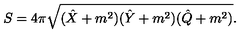
S = 4 \pi \sqrt { ( \hat { X } + m ^ { 2 } ) ( \hat { Y } + m ^ { 2 } ) ( \hat { Q } + m ^ { 2 } ) } .